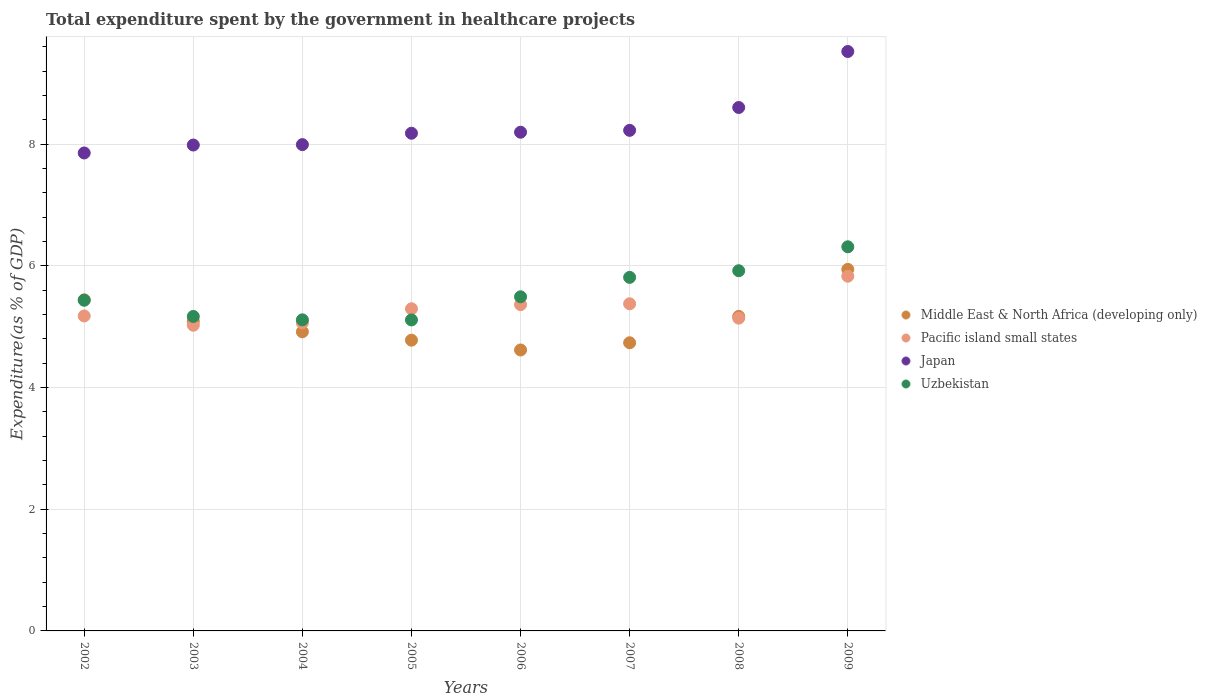
| Years | Middle East & North Africa (developing only) | Pacific island small states | Japan | Uzbekistan |
 | --- | --- | --- | --- | --- |
 | 2002 | 5.44 | 5.18 | 7.86 | 5.44 |
 | 2003 | 5.09 | 5.03 | 7.99 | 5.17 |
 | 2004 | 4.92 | 5.06 | 7.99 | 5.11 |
 | 2005 | 4.78 | 5.3 | 8.18 | 5.11 |
 | 2006 | 4.62 | 5.36 | 8.2 | 5.49 |
 | 2007 | 4.74 | 5.38 | 8.23 | 5.81 |
 | 2008 | 5.17 | 5.14 | 8.61 | 5.92 |
 | 2009 | 5.94 | 5.83 | 9.53 | 6.31 |